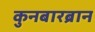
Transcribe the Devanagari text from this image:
कुनबारब्रान